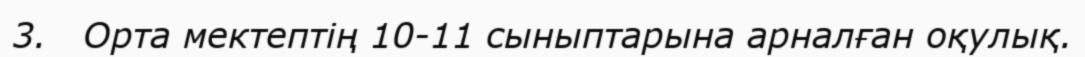
3.   Орта мектептің 10-11 сыныптарына арналған оқулық.